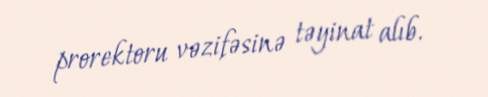
prorektoru vəzifəsinə təyinat alıb.